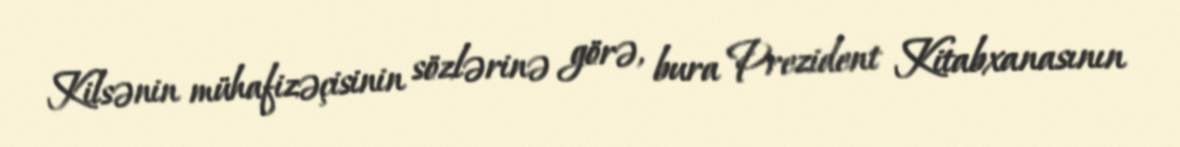
Kilsənin mühafizəçisinin sözlərinə görə, bura Prezident Kitabxanasının